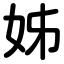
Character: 姊